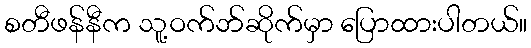
စတီဖန်နီက သူ့ဝက်ဘ်ဆိုက်မှာ ပြောထားပါတယ်။